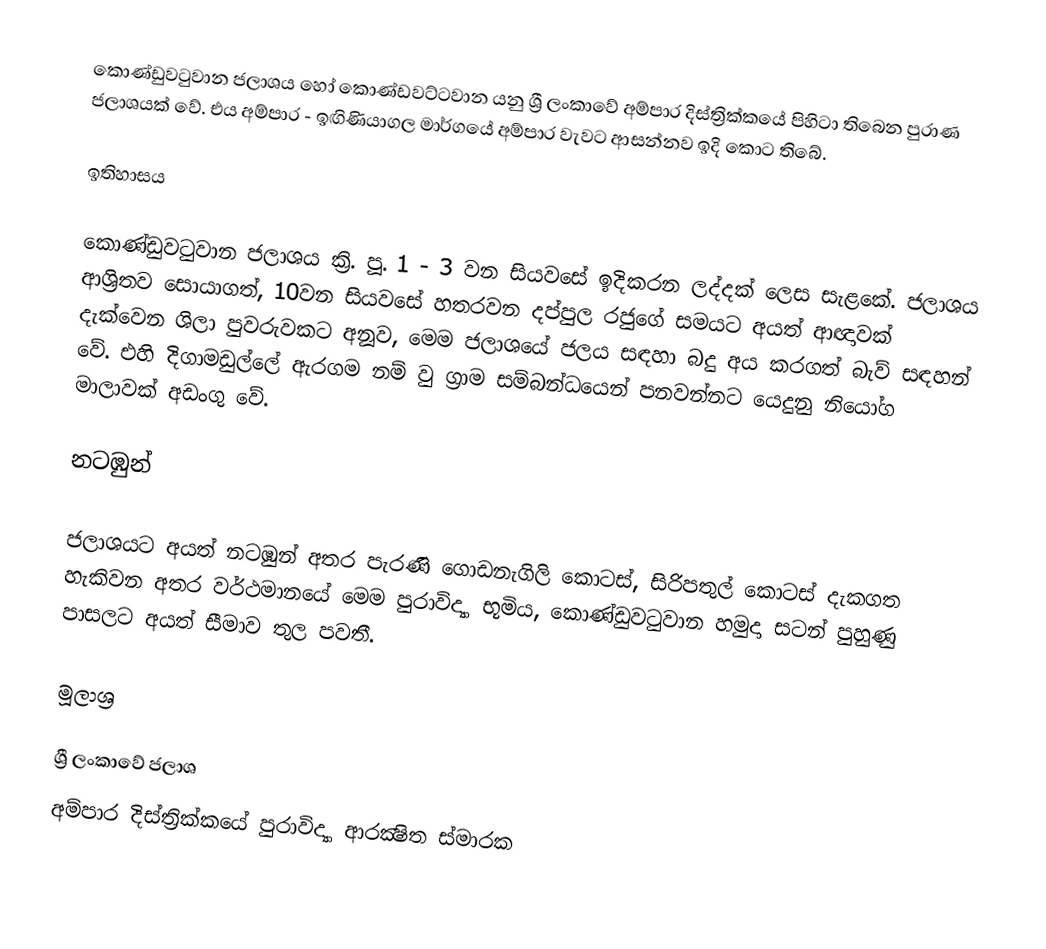
කොණ්ඩුවටුවාන ජලාශය හෝ කොණ්ඩවට්ටවාන යනු ශ්‍රී ලංකාවේ අම්පාර දිස්ත්‍රික්කයේ පිහිටා තිබෙන පුරාණ ජලාශයක් වේ. එය අම්පාර - ඉඟිණියාගල මාර්ගයේ අම්පාර වැවට ආසන්නව ඉදි කොට තිබේ.

ඉතිහාසය

කොණ්ඩුවටුවාන ජලාශය ක්‍රි. පූ. 1 - 3 වන සියවසේ ඉදිකරන ලද්දක් ලෙස සැළකේ. ජලාශය ආශ්‍රිතව සොයාගත්, 10වන සියවසේ හතරවන දප්පුල රජුගේ සමයට අයත් ආඥාවක් දැක්වෙන ශිලා පුවරුවකට අනූව, මෙම ජලාශයේ ජලය සඳහා බදු අය කරගත් බැව් සඳහන් වේ. එහි දිගාමඩුල්ලේ ඇරගම නම් වු ග්‍රාම සම්බන්ධයෙන් පනවන්නට යෙදුනු නියෝග මාලාවක් අඩංගු වේ.

නටඹුන්

ජලාශයට අයත් නටඹුන් අතර පැරණි ගොඩනැගිලි කොටස්, සිරිපතුල් කොටස් දැකගත හැකිවන අතර වර්ථමානයේ මෙම පුරාවිද්‍යා භූමිය, කොණ්ඩුවටුවාන හමුදා සටන් පුහුණු පාසලට අයත් සීමාව තුල පවතී.

මූලාශ්‍ර

ශ්‍රී ලංකාවේ ජලාශ
අම්පාර දිස්ත්‍රික්කයේ පුරාවිද්‍යා ආරක්‍ෂිත ස්මාරක‎